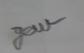
Signature authenticity: forged